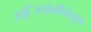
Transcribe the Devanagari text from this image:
स्त्र्िायांनीचेचून